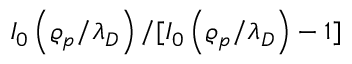
I _ { 0 } \left( \varrho _ { p } / \lambda _ { D } \right) / [ I _ { 0 } \left( \varrho _ { p } / \lambda _ { D } \right) - 1 ]